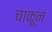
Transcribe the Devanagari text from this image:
चाकूनं